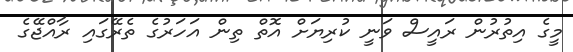
މީގެ އިތުރުން ރައީސް ވަނީ ކުރިޔަށް އޮތް ތިން އަހަރުގެ ތެރޭގައި ރާއްޖޭގެ